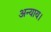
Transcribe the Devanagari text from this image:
अन्याय।